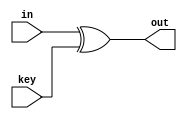
module addRoundkey(in,key,out);

input [127:0]in;
input [127:0]key;
output [127:0]out;

assign out = in ^ key;

endmodule